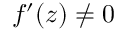
f ^ { \prime } ( z ) \neq 0